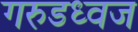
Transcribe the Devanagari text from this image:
गरुडध्वज